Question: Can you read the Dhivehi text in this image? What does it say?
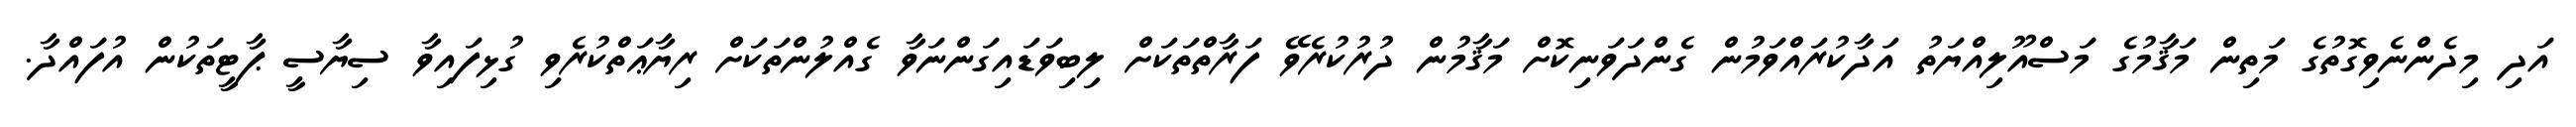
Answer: އަދި މިދެންނެވިގޮތުގެ މަތިން މަޤާމުގެ މަސްއޫލިއްޔަތު އަދާކުރައްވަމުން ގެންދަވަނިކޮށް މަޤާމުން ދުރުކުރެވޭ ފަރާތްތަކަށް ލިބިވަޑައިގަންނަވާ ގެއްލުންތަކަށް ރިޔާޢަތްކުރެވި ގުޅިފައިވާ ސިޔާސީ ޕާޓީތަކުން އުފައްދާ.